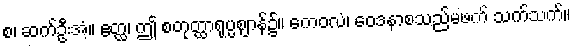
စ၊ ဆက်ဦးအံ့။ ဧတ္ထ၊ ဤ စတုတ္ထာရုပ္ပဈာန်၌။ ကေဝလံ၊ ဝေဒနာစသည်မဖက် သက်သက်။